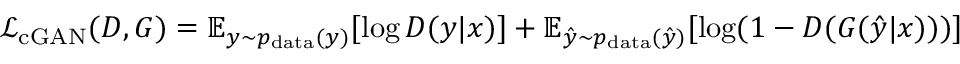
\mathcal { L } _ { \mathrm { c G A N } } ( D , G ) = \mathbb { E } _ { y \sim p _ { \mathrm { d a t a } } ( y ) } [ \log D ( y | x ) ] + \mathbb { E } _ { \hat { y } \sim p _ { \mathrm { d a t a } } ( \hat { y } ) } [ \log ( 1 - D ( G ( \hat { y } | x ) ) ) ]